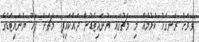
"ވަރަށް ރަނގަޅު ކުޅުމެއް މި މެޗުގައި ޔުނައިޓެޑުން ދައްކައިފި" މެޗަށް ފަހު ޔުނައިޓެޑްގެ